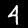
Digit: 4